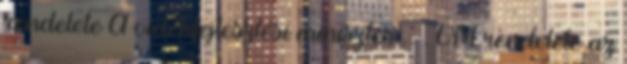
rendelete A vidékfejlesztési miniszter . . VM rendelete az